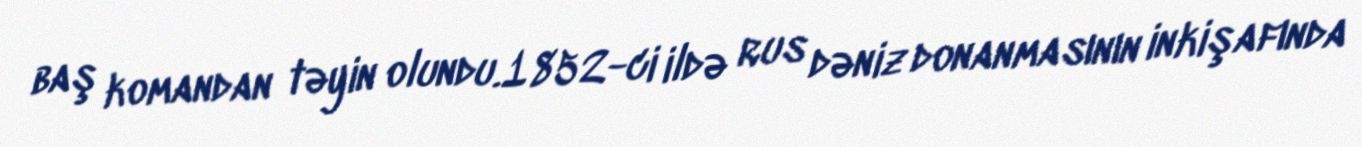
baş komandan təyin olundu.1852-ci ildə rus dəniz donanmasının inkişafında